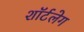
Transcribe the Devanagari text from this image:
शॉर्टलेग